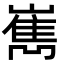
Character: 嶲